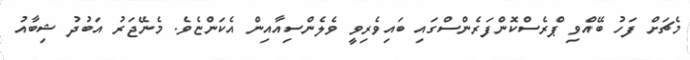
މެޗަށް ފަހު ބޭއްވި ޕްރެސްކޮންފަރެންސްގައި ބައިވެރިވީ ވެލެންސިއާއިން އެކަންޏެވެ. މެނޭޖަރު އަބުދު ޝިބާއު